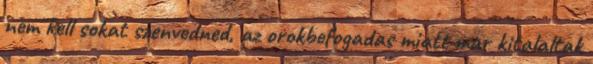
nem kell sokat szenvedned, az orokbefogadas miatt mar kitalaltak